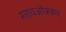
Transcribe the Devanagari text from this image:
ग्लायऑक्जल